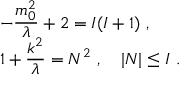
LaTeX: \begin{array} { l } { { \displaystyle - \frac { m _ { 0 } ^ { 2 } } { \lambda } + 2 = I ( I + 1 ) ~ , } } \\ { { \displaystyle 1 + \frac { k ^ { 2 } } { \lambda } = N ^ { 2 } ~ , \quad | N | \leq { I } ~ . } } \end{array}